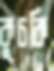
কুচকি